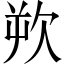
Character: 欮